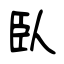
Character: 臥